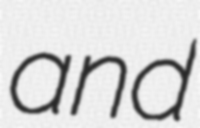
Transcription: and